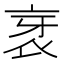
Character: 衺